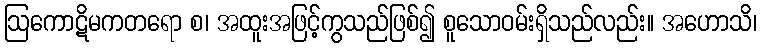
ဩကောဋိမကတရော စ၊ အထူးအဖြင့်ကွသည်ဖြစ်၍ စူသောဝမ်းရှိသည်လည်း။ အဟောသိ၊